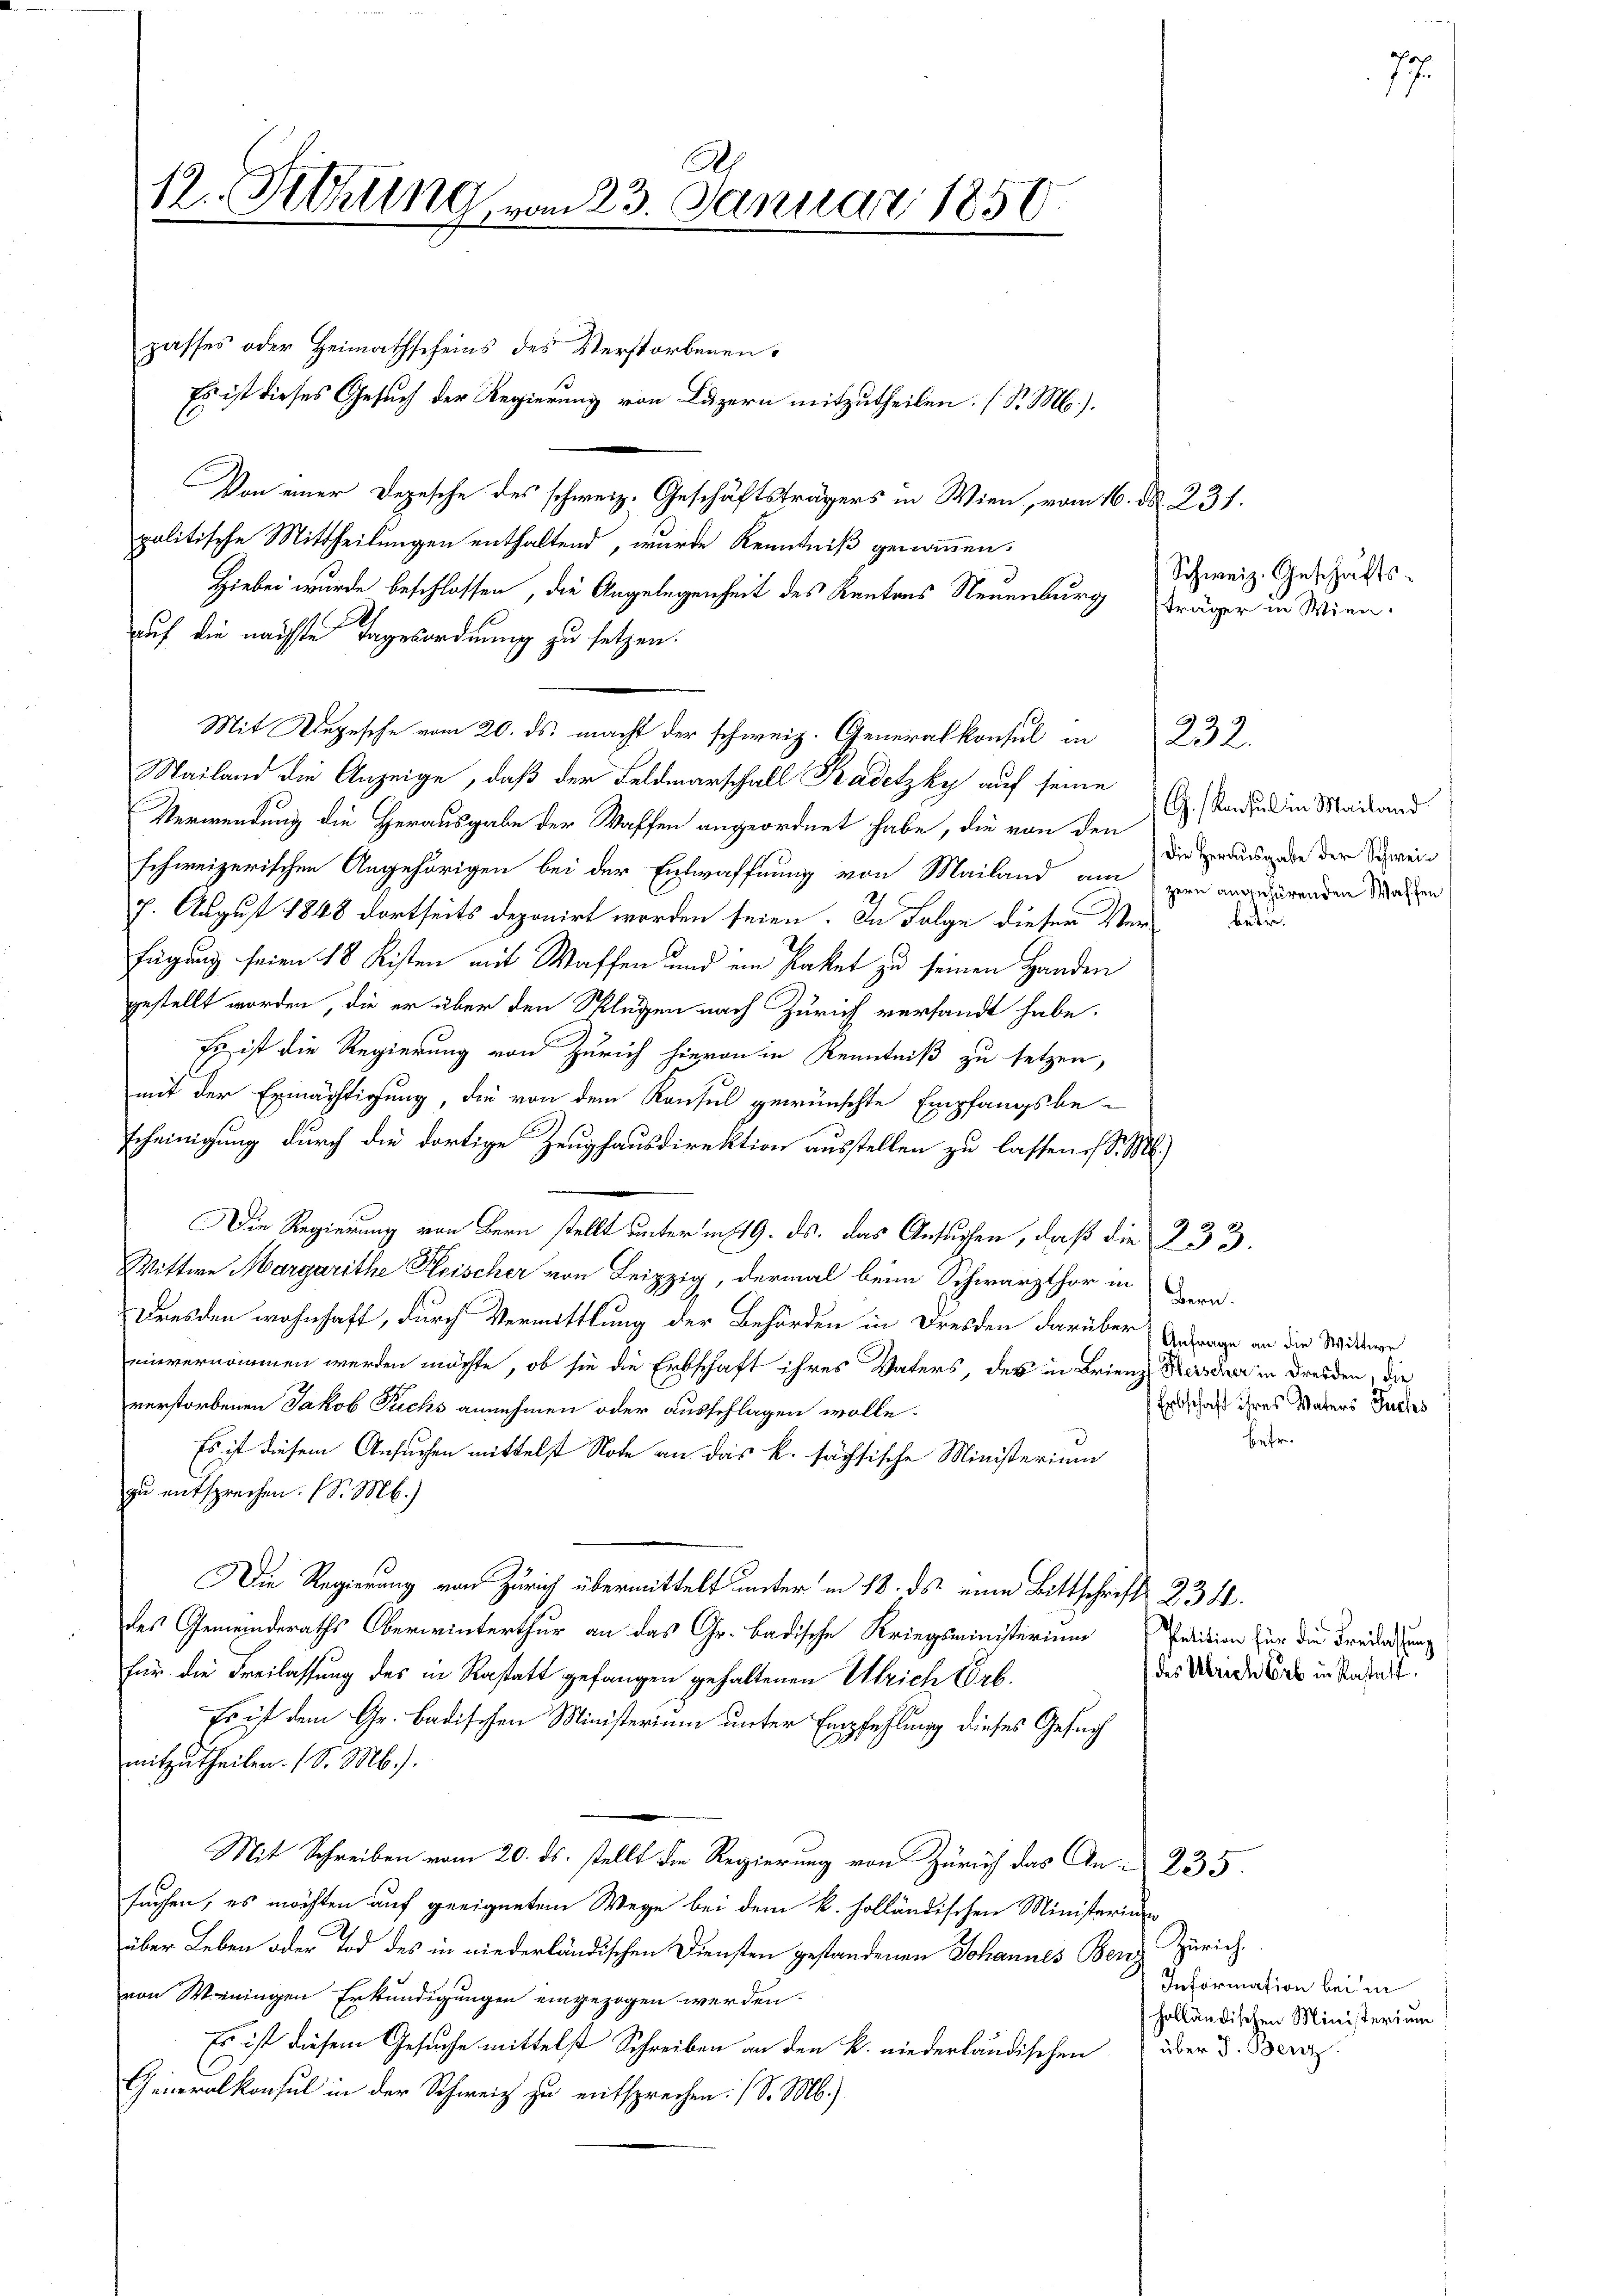
A
12. Sitzung vom 23. Januar 1850.

passes oder Heimathscheins des Verstorbenen
Es ist dieses Gesuch der Regierung von Luzern mitzutheilen. (S. M.).
Von einer Depesche des schweiz. Geschäftsträgers in Wien, vom 16. d. 231.
politische Mittheilungen enthaltend, wurde Kenntniß genommen.
Hiebei wurde beschlossen, die Angelegenheit des Kantons Neuenburg Träger in Wien-
auf die nächste Tagesordnung zu setzen.
Mit Depesche vom 20. ds. macht der schweiz. Generalkonsul in
Mailand die Anzeige, daß der Feldmarschall Kadetzky auf seine
Verwendung die Herausgabe der Waffen angeordnet habe, die von den
schweizerischen Angehörigen bei der Entwaffnung von Mailand am
7. August 1848 dortseits deponirt worden seien. In Folge dieser Verfügung seien 18 Kisten mit Waffen und ein Paket zu seinen Handen
gestellt worden, die er über den Sklügen nach Zürich versandt habe.
Es ist die Regierung von Zürich hievon in Kenntniß zu setzen,
mit der Ermächtigung, die von dem Konsul gewünschte Empfangsbe-
scheinigung durch die dortige Zeughausdirektion ausstellen zu lassen. S. M.)
Die Regierung von Bern stellt unterm 19. ds. das Ansuchen, daß die 233.
Wittwe Margarithe Fleischer von Leipzig, dermal beim Schwarzthor in
Dresden wohnhaft, durch Vermittlung der Behörden in Dresden darüber Antrage an die Wittwe
einvernommen werden möchte, ob sie die Erbschaft ihres Vaters, des in Brienz Heischer in Dresden, die
verstorbenen Jakob Fuchs annehmen oder ausschlagen wolle.
Es ist diesem Ansuchen mittelst Note an das k. sächsische Ministerium
zu entsprechen. (S. M.)
Die Regierung von Zürich übermittelt unter in 18. ds eine Bittschrift 234.
des Gemeinderaths Oberwinterthur an das Gr. badische Kriegsministerium Petition für die Freisatzung
für die Freilassung des in Rastatt gefangen gehaltenen Ulrich Urb.
Es ist dem Gr. Badischen Ministerium unter Empfehlung dieses Gesuch
mitzutheilen. (S. M.).
Mit Schreiben vom 20. ds. stellt die Regierung von Zürich das An-235
suchen, es möchten auf geeignetem Wege bei dem k. holländischen Ministerium
über Leben oder Tod des in niederländischen Diensten gestandenen Johannes Benz Zürich.
von Weiningen Erkundigungen eingezogen werden.
Es ist diesem Gesuche mittelst Schreiben an den k. niederländischen über d. Berez
Generalkonsul in der Schweiz zu entsprechen. (S. M.)

Schweiz. Geschäfts¬

232.

G.Konsul in Mailand.
Die Herausgabe der Schweizern angehörenden Waschen

Bern.
Erbschaft ihres Vaters Fuchs
betr.

des Ulrich Erb in Restatt.

betr.

7

Information bei in
holländischen Ministerium